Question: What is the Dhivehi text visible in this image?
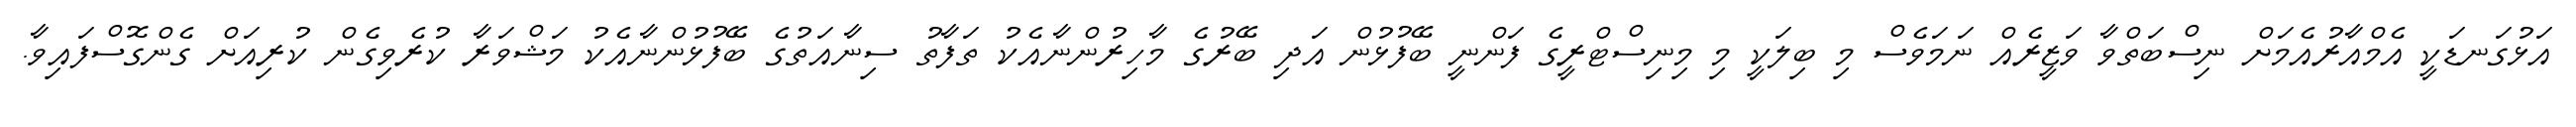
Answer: އަޅުގަނޑަކީ އެމްއާރުއެމަށް ނިސްބަތްވާ ވަޒީރެއް ނަމަވެސް މި ބިލަކީ މި މިނިސްޓްރީގެ ފަންނީ ބޭފުޅުން އަދި ބޭރުގެ މާހިރުންނާއެކު ތަފާތު ސިނާއަތުގެ ބޭފުޅުންނާއެކު މަޝްވަރާ ކުރެވިގެން ކުރިއަށް ގެންގޮސްފައިވާ.